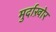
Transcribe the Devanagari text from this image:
मुर्दाख़ोर